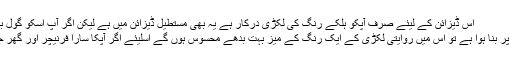
اس ڈیزائن کے لیئے صرف آپکو ہلکے رنگ کی لکڑی درکار ہے یہ بھی مستطیل ڈیزائن میں ہے لیکن اگر آپ اسکو گول بنوانا چاہیں تو بنوا سکتے ہیں
کیا آپکا سارا گھر جدید طرز پر بنا ہوا ہے تو اس میں روایتی لکڑی کے ایک رنگ کے میز بہت بدھے محسوس ہوں گے اسلیئے اگر آپکا سارا فرنیچر اور گھر جدید ہیں تو یہ ڈیزائن دیکھیں۔